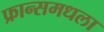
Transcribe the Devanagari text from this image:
फ्रान्समधला